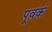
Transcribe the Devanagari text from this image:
पूवर्क